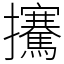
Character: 㩷